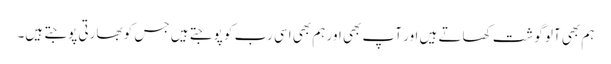
ہم بھی آلو گوشت کھاتے ہیں اور آپ بھی اور ہم بھی اسی رب کو پوجتے ہیں جس کو بھارتی پوجتے ہیں۔